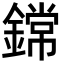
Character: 鏛